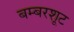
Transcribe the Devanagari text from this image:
बम्बरशूट